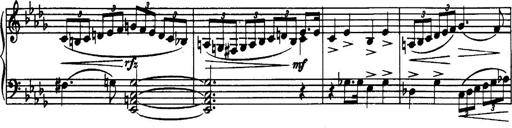
Title: 3 Sonatinas, Op.67
Composer: Jean Sibelius